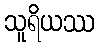
သူရိယဿ